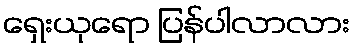
ရှေးယုရော ပြန်ပါလာလား